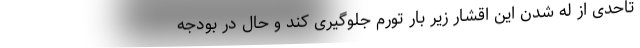
تاحدی از له شدن این اقشار زیر بار تورم جلوگیری کند و حال در بودجه